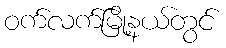
ဝက်လက်မြို့နယ်တွင်